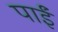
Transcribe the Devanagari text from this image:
पाईंं